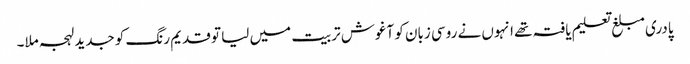
پادری مبلغ تعلیم یافتہ تھے انہوں نے روسی زبان کو آغوش تربیت میں لیا تو قدیم رنگ کو جدید لہجہ ملا۔